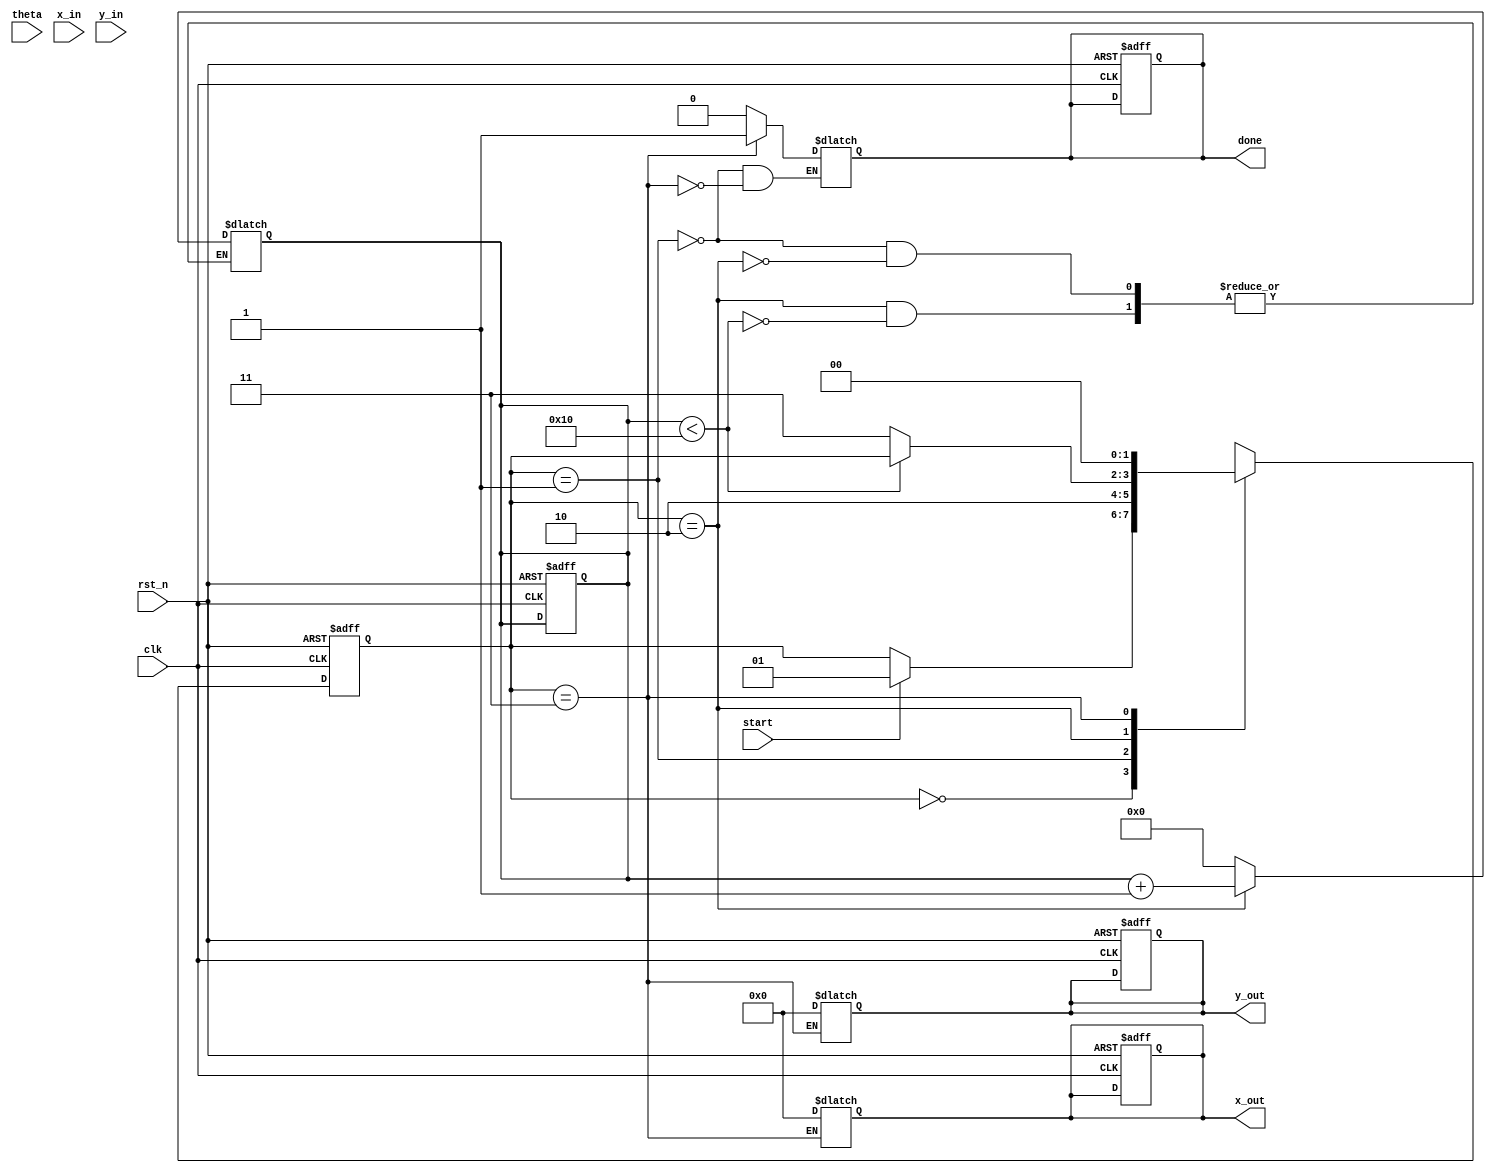
module cordic_rotational #(
    parameter N = 16,            // Number of iterations
    parameter WIDTH = 16,        // Bit-width for fixed-point representation
    parameter SCALING_FACTOR = 16'h26B3 // Fixed-point scaling factor (e.g. 0.60725 in fixed-point)
)(
    input wire clk,              // System clock
    input wire rst_n,            // Asynchronous reset, active low
    input wire start,            // Start signal for computation
    input wire signed [WIDTH-1:0] theta, // Input angle in fixed-point
    input wire signed [WIDTH-1:0] x_in,   // Input x-coordinate
    input wire signed [WIDTH-1:0] y_in,   // Input y-coordinate
    output reg signed [WIDTH-1:0] x_out,  // Output x (cos(angle))
    output reg signed [WIDTH-1:0] y_out,  // Output y (sin(angle))
    output reg done              // Done signal
);

// CORDIC constants
reg signed [WIDTH-1:0] atan_table [0:N-1];
initial begin
    atan_table[0] = 16'h2000; // atan(1) = 45 degrees
    atan_table[1] = 16'h1333; // atan(0.5) = 26.565 degrees
    atan_table[2] = 16'h0A3D; // atan(0.25) = 14.036 degrees
    // Fill in more values as needed up to atan(2^-15)
    // Populate atan_table with appropriate fixed-point values
end

// State Definitions
localparam IDLE = 2'b00,
           INITIALIZE = 2'b01,
           ITERATE = 2'b10,
           DONE = 2'b11;

reg [1:0] state, next_state;
reg [3:0] iteration_count; // Current iteration counter
reg signed [WIDTH-1:0] x, y; // Internal registers for x and y
reg signed [WIDTH-1:0] theta_temp;

// State Machine and Control Logic
always @(posedge clk or negedge rst_n) begin
    if (~rst_n) begin
        state <= IDLE;
        done <= 1'b0;
        iteration_count <= 0;
        x_out <= 0;
        y_out <= 0;
    end else begin
        state <= next_state;
    end
end

always @(*) begin
    next_state = state;
    case (state)
        IDLE: begin
            if (start) begin
                next_state = INITIALIZE;
            end
        end

        INITIALIZE: begin
            x <= x_in;
            y <= y_in;
            theta_temp <= theta;
            iteration_count <= 0;
            next_state = ITERATE;
            done <= 1'b0;
        end

        ITERATE: begin
            if (iteration_count < N) begin
                // CORDIC Iteration
                if (theta_temp < 0) begin
                    x <= x + (y >>> iteration_count);
                    y <= y - (x >>> iteration_count);
                    theta_temp <= theta_temp + atan_table[iteration_count];
                end else begin
                    x <= x - (y >>> iteration_count);
                    y <= y + (x >>> iteration_count);
                    theta_temp <= theta_temp - atan_table[iteration_count];
                end
                iteration_count <= iteration_count + 1;
            end else begin
                next_state = DONE;
            end
        end

        DONE: begin
            x_out <= x * SCALING_FACTOR >>> WIDTH; // Scale the output
            y_out <= y * SCALING_FACTOR >>> WIDTH; // Scale the output
            done <= 1'b1;
            next_state = IDLE; // Transition back to IDLE
        end
    endcase
end

endmodule